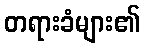
တရားခံများ၏